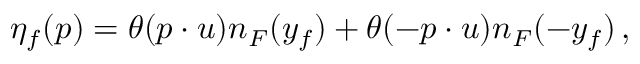
\eta _ { f } ( p ) = \theta ( p \cdot u ) n _ { F } ( y _ { f } ) + \theta ( - p \cdot u ) n _ { F } ( - y _ { f } ) \, ,